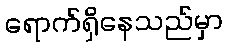
ရောက်ရှိနေသည်မှာ